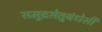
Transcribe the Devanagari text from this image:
समुद्रसेतुबंधेसी